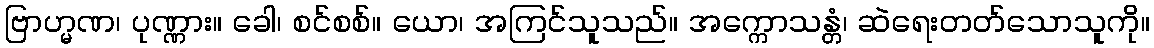
ဗြာဟ္မဏ၊ ပုဏ္ဏား။ ခေါ၊ စင်စစ်။ ယော၊ အကြင်သူသည်။ အက္ကောသန္တံ၊ ဆဲရေးတတ်သောသူကို။